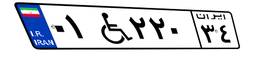
۸۴W۶۱۶۰۴